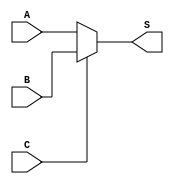
module mux2_1(A, B, C, S);
parameter N=32;
// N: 1, 2, 5, 9, 32
input wire [N-1:0] A, B;
input wire C;
output wire [N-1:0] S;
assign S = C ? B : A;
endmodule

//mux2_1 #(.N(32)) mux2(a, b, c, s);